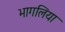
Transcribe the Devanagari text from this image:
भागलिया